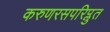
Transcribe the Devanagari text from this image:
करुणरसपरिप्लुत